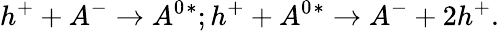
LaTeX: {h^{+}}+{A^{-}}\rightarrow A^{0}{^*};{h^{+}}+{A^{0}{^*}}\rightarrow A^{-}+2{h^{+}}.